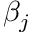
\beta _ { j }